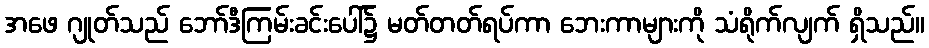
အဖေ ဂျုတ်သည် ဘော်ဒီကြမ်းခင်းပေါ်၌ မတ်တတ်ရပ်ကာ ဘေးကာများကို သံရိုက်လျက် ရှိသည်။